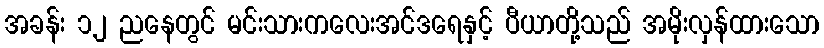
အခန်း ၁၂ ညနေတွင် မင်းသားကလေးအင်ဒရေနှင့် ပီယာတို့သည် အမိုးလှန်ထားသော